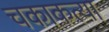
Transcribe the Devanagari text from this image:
चकाकत्या